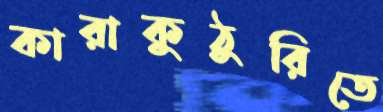
কারাকুঠুরিতে